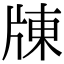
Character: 𤗗